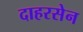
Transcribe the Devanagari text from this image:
दाहरसेन